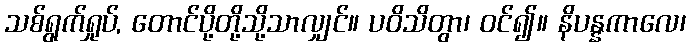
သစ်ရွက်ရှုပ်, တောင်ပို့တို့သို့သာလျှင်။ ပဝိသိတွာ၊ ဝင်၍။ နိပန္နကာလေ၊